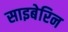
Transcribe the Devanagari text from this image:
साइबेरिन